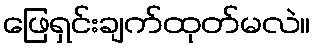
ဖြေရှင်းချက်ထုတ်မလဲ။